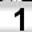
Digit: 1